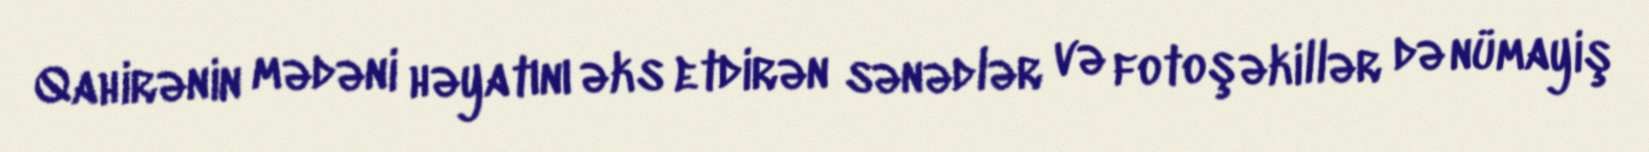
Qahirənin mədəni həyatını əks etdirən sənədlər və fotoşəkillər də nümayiş